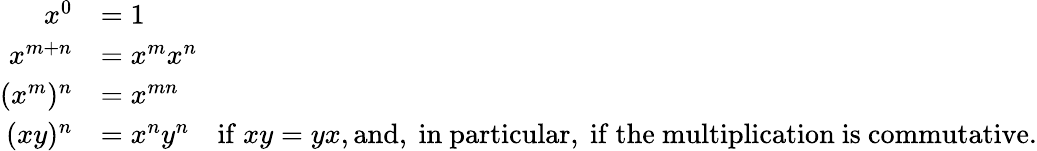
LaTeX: {\begin{array}{rl}{x^{0}}&{=1}\\ {x^{m+n}}&{=x^{m}x^{n}}\\ {(x^{m})^{n}}&{=x^{mn}}\\ {(xy)^{n}}&{=x^{n}y^{n}\quad{\mathrm{if~}}xy=yx,{\mathrm{and,~in~particular,~if~the~multiplication~is~commutative.}}}\end{array}}